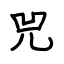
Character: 兕